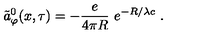
\tilde { a } _ { \varphi } ^ { 0 } ( x , \tau ) = - \frac { e } { 4 \pi R } \ e ^ { - R / \lambda c } \ .